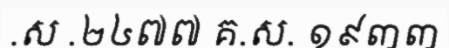
.ស .២៤៧៧ គ.ស. ១៩៣៣